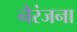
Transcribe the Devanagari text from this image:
नैरंजना